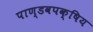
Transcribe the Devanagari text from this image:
पाण्डवपक्षिय